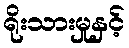
ရိုးသားမှုနှင့်